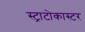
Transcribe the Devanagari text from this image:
स्ट्राटोकास्टर